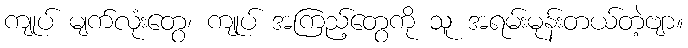
ကျုပ် မျက်လုံးတွေ၊ ကျုပ် အကြည့်တွေကို သူ အရမ်းမုန်းတယ်တဲ့ဗျာ။